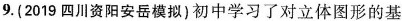
9.(2019四川资阳安岳模拟)初中学习了对立体图形的基